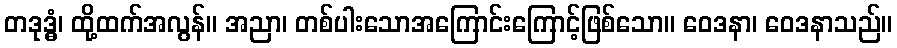
တဒုဒ္ဓံ၊ ထို့ထက်အလွန်။ အညာ၊ တစ်ပါးသောအကြောင်းကြောင့်ဖြစ်သော။ ဝေဒနာ၊ ဝေဒနာသည်။